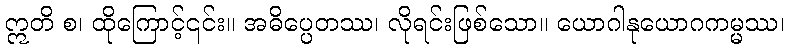
ဣတိ စ၊ ထိုကြောင့်၎င်း။ အဓိပ္ပေတဿ၊ လိုရင်းဖြစ်သော။ ယောဂါနုယောဂကမ္မဿ၊